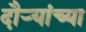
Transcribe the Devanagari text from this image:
दौर्‍यांच्या